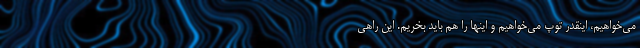
می‌خواهیم، اینقدر توپ می‌خواهیم و اینها را هم باید بخریم. این راهی